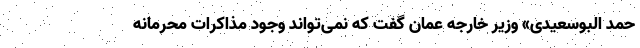
حمد البوسعیدی» وزیر خارجه عمان گفت که نمی‌تواند وجود مذاکرات محرمانه